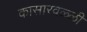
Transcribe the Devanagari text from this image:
कासारवळ्ळी